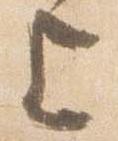
上